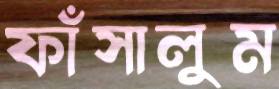
ফাঁসালুম